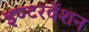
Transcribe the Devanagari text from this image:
इण्टरवेंशन